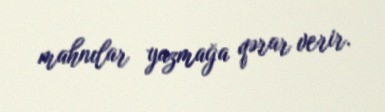
mahnılar yazmağa qərar verir.